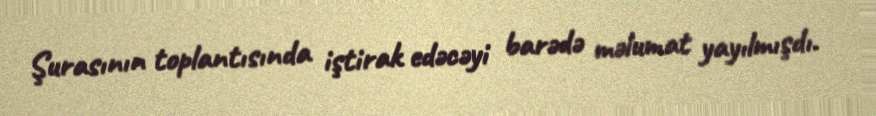
Şurasının toplantısında iştirak edəcəyi barədə məlumat yayılmışdı.